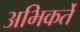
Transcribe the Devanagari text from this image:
अभिकर्ते